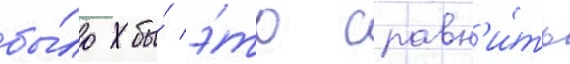
бы́ло бы́ э́то сравн'и́ть